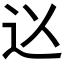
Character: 𮞃